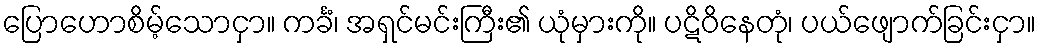
ပြောဟောစိမ့်သောငှာ။ ကင်္ခံ၊ အရှင်မင်းကြီး၏ ယုံမှားကို။ ပဋိဝိနေတုံ၊ ပယ်ဖျောက်ခြင်းငှာ။